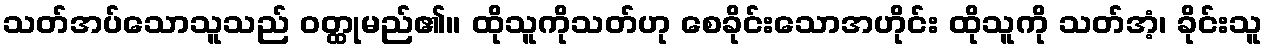
သတ်အပ်သောသူသည် ဝတ္ထုမည်၏။ ထိုသူကိုသတ်ဟု စေခိုင်းသောအဟိုင်း ထိုသူကို သတ်အံ့၊ ခိုင်းသူ